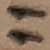
Text: 11